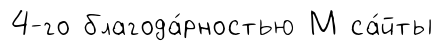
4-го благода́рностью М са́йты